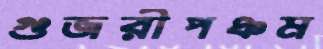
গুজরীপঞ্চম